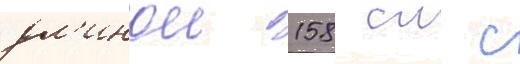
дл'инои 158 см с